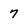
Character: 7